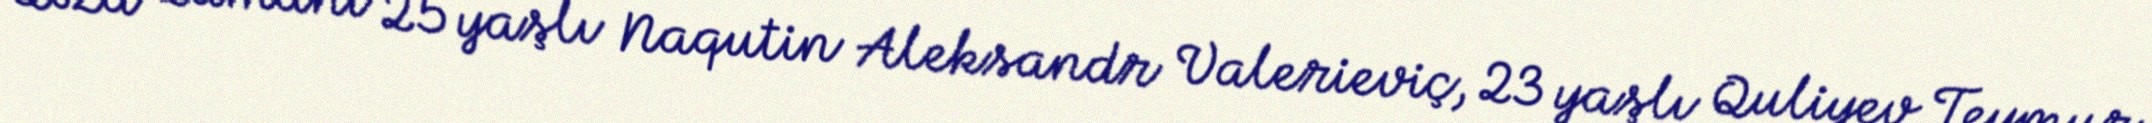
Qəza zamanı 25 yaşlı Naqutin Aleksandr Valerieviç, 23 yaşlı Quliyev Teymur